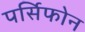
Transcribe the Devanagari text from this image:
पर्सिफोन